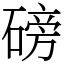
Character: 磅